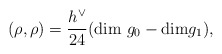
\begin{align*}(\rho,\rho) = \frac {h^{\vee}}{24}(\hbox{dim }g_0 - \hbox{dim}g_1),\end{align*}